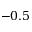
- 0 . 5